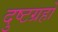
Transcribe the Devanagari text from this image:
दुष्टग्रहो